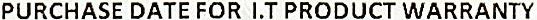
PURCHASE DATE FOR I.T PRODUCT WARRANTY